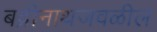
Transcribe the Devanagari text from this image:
बद्रीनाथजवळील